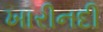
ખારીનદી